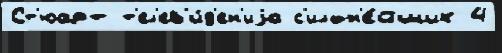
Ст'юарт т'ел'ев'и́д'ен'иjа с'ильн'е́йших 4